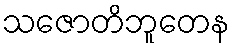
သဇောတိဘူတေန